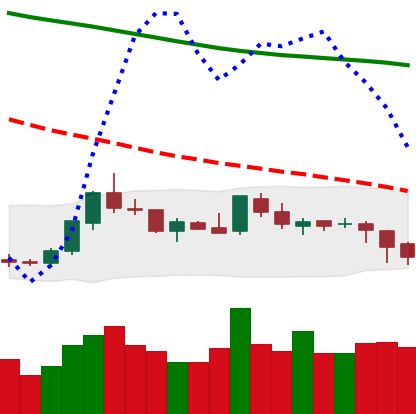
Ticker: LTC-USD
Chart end date: 2018-08-01
Forward return: -5.096%
Label: down_5_7